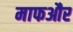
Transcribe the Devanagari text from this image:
माफऔर